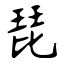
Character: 琵